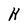
Character: H